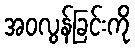
အဝလွန်ခြင်းကို